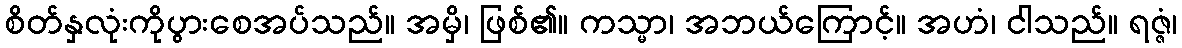
စိတ်နှလုံးကိုပွားစေအပ်သည်။ အမှိ၊ ဖြစ်၏။ ကသ္မာ၊ အဘယ်ကြောင့်။ အဟံ၊ ငါသည်။ ရဇ္ဇံ၊